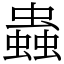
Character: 蟲